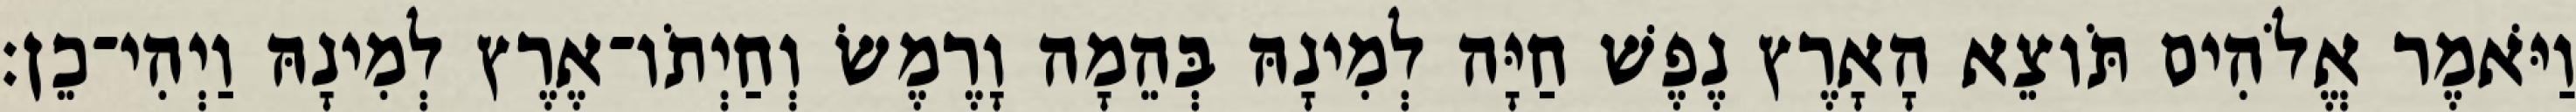
וַיֹּאמֶר אֱלֹהִים תֹּוצֵא הָאָרֶץ נֶפֶשׁ חַיָּה לְמִינָהּ בְּהֵמָה וָרֶמֶשׂ וְחַיְתֹו־אֶרֶץ לְמִינָהּ וַיְהִי־כֵן׃